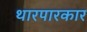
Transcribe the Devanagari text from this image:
थारपारकार